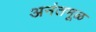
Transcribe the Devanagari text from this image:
अनंतमूळ